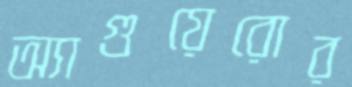
অ্যাগুয়েরোর